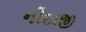
નીદાજી